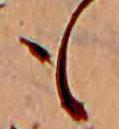
も